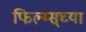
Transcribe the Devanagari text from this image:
फिल्म्स्‌च्या